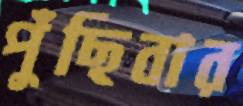
পুঁছিবার